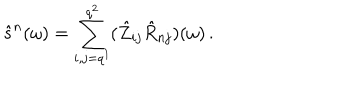
LaTeX: \hat { s } ^ { n } ( \omega ) = \sum _ { i , j = q ^ { 1 } } ^ { q ^ { 2 } } ( \hat { Z } _ { i j } \hat { R } _ { n j } ) ( \omega ) \, .